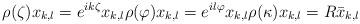
LaTeX: \begin{align*}\rho(\zeta)x_{k,l}=e^{ik\zeta}x_{k,l}\rho(\varphi)x_{k,l}=e^{il\varphi}x_{k,l}\rho(\kappa)x_{k,l}=R\bar{x}_{k,l}\end{align*}